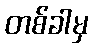
တစ်ခါမှ